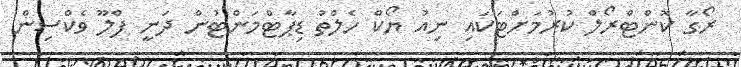
ރޯގާ ކޮންޓްރޯލް ކުރުމަށްޓަކައި ނިއު ޔޯކް ހެލްތު ޑިޕާޓްމަންޓުން ދަނީ ފްލޫ ވެކްސިން